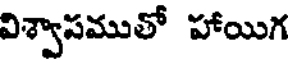
విశ్వాపముతో హాయిగ